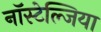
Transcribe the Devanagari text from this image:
नॉस्टेल्जिया